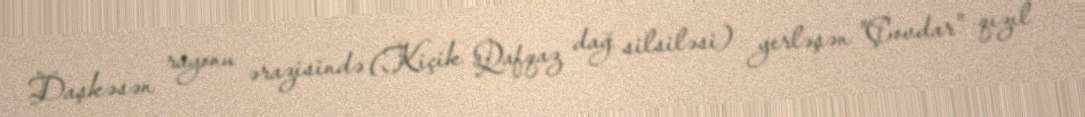
Daşkəsən rayonu ərazisində (Kiçik Qafqaz dağ silsiləsi) yerləşən "Çovdar" qızıl